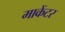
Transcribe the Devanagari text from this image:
माकेंटर